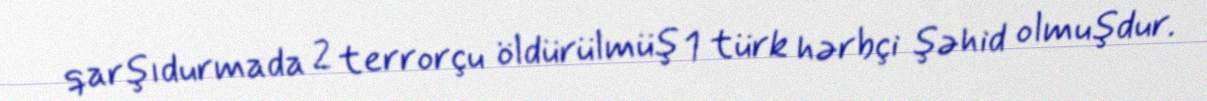
qarşıdurmada 2 terrorçu öldürülmüş 1 türk hərbçi şəhid olmuşdur.